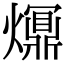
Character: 𤑺